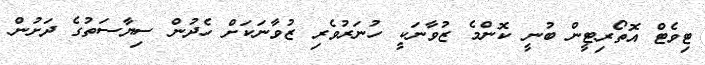
ޓިވެޓް އޮތޯރިޓީން ބުނީ ކޮންމެ ޒުވާނަކީ ހުނަރުވެރި ޒުވާނަކަށް ހެދުން ސިޔާސަތުގެ ދަށުން